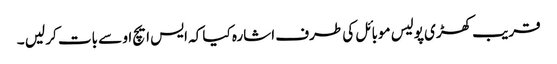
قریب کھڑی پولیس موبائل کی طرف اشارہ کیا کہ ایس ایچ او سے بات کر لیں ۔